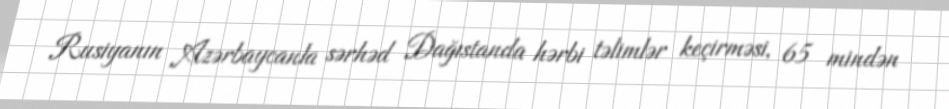
Rusiyanın Azərbaycanla sərhəd Dağıstanda hərbi təlimlər keçirməsi, 65 mindən